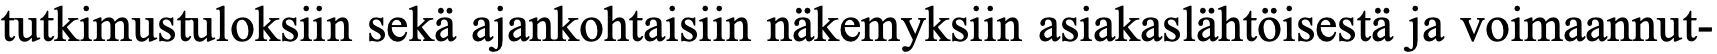
tutkimustuloksiin sekä ajankohtaisiin näkemyksiin asiakaslähtöisestä ja voimaannut-